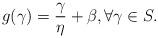
LaTeX: \begin{align*}g(\gamma) = \frac{\gamma}{\eta} + \beta, \forall \gamma \in S.\end{align*}